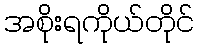
အစိုးရကိုယ်တိုင်